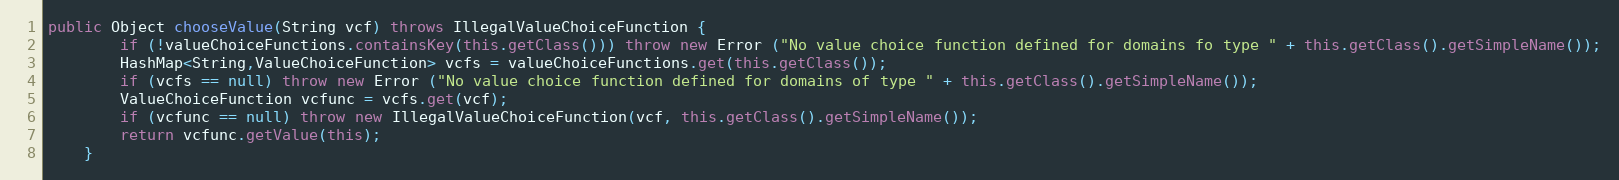
Language: Java
public Object chooseValue(String vcf) throws IllegalValueChoiceFunction {
		if (!valueChoiceFunctions.containsKey(this.getClass())) throw new Error ("No value choice function defined for domains fo type " + this.getClass().getSimpleName());
		HashMap<String,ValueChoiceFunction> vcfs = valueChoiceFunctions.get(this.getClass());
		if (vcfs == null) throw new Error ("No value choice function defined for domains of type " + this.getClass().getSimpleName());
		ValueChoiceFunction vcfunc = vcfs.get(vcf);
		if (vcfunc == null) throw new IllegalValueChoiceFunction(vcf, this.getClass().getSimpleName());
		return vcfunc.getValue(this);
	}